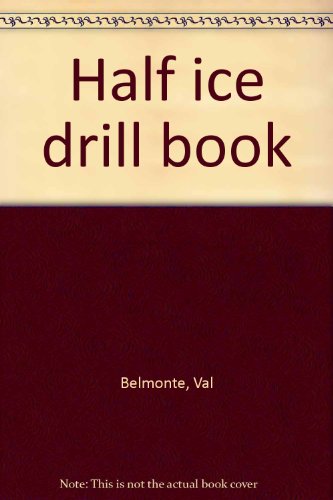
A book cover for Half Ice Drill Book; Val Belmonte; Sports & Outdoors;